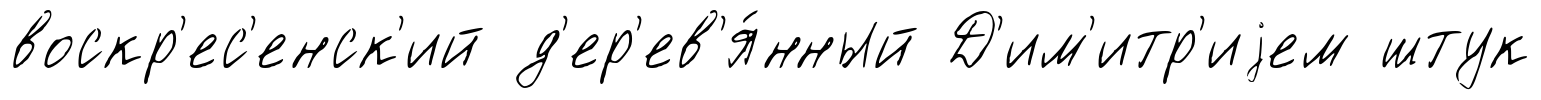
воскр'ес'енск'ий д'ер'ев'я́нный Д'им'итр'иjем штук